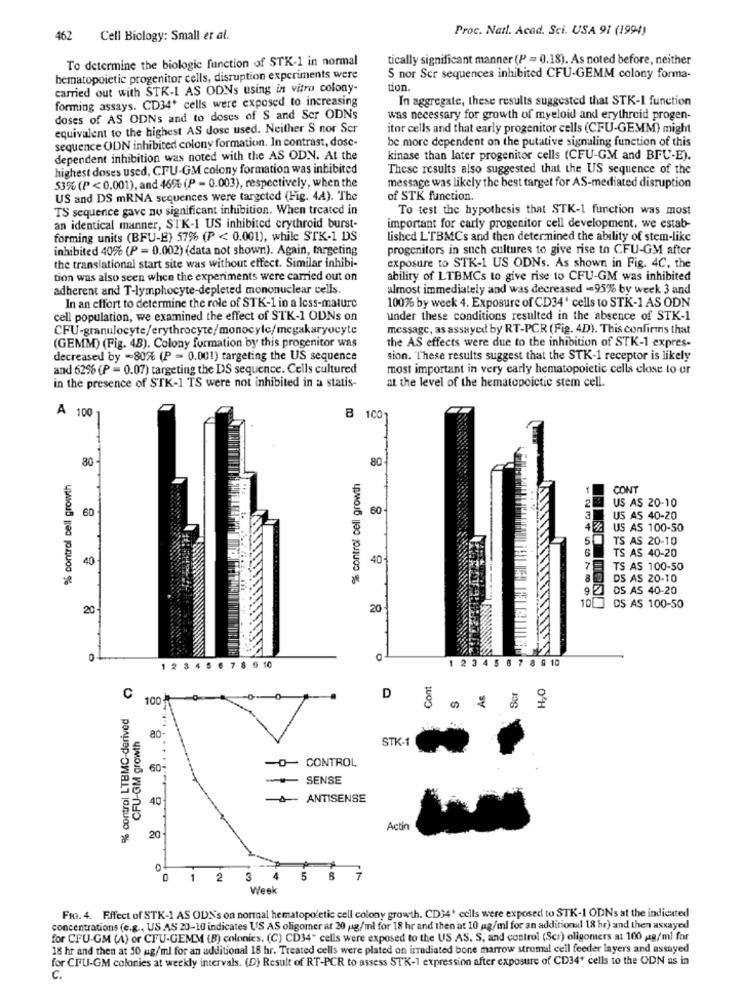
Proc. Natl. Acad. Sci. USA 91 (1994)
462
Cell Biology: Small et al.
To determine the biologic function of STK-1 in normal
tically significant manner (P = 0.18). As noted before, neither
hematopoietic progenitor cells, disruption experiments were
S nor Ser sequences inhibited CFU-GEMM colony forma-
carried out with STK-I AS ODNs using in vitro colony-
tion.
forming assays. CD34* cells were exposed to increasing
In aggregate, these results suggested that STK-I function
doses of AS ODNs and to doses of S and Ser ODNs
was necessary for growth of myeloid and erythroid progen-
equivalent to the highest AS dose used. Neither S nor Ser
itor cells and that early progenitor cells (CFU-GEMM) might
sequence ODN inhibited colony formation. In contrast, dose-
be more dependent on the putative signaling function of this
dependent inhibition was noted with the AS ODN. At the
kinase than later progenitor cells (CFU-GM and BFU-E).
highest doses used, CPU-GM colony formation was inhibited
These results also suggested that the US sequence of the
53% (P < 0.001), and 46% (P = 0.003), respectively, when the
message was likely the best target for AS-mediated disruption
US and DS mRNA sequences were targeted (Fig. 44). The
of STK function.
TS sequence gave no significant inhibition. When treated in
To test the hypothesis that STK-1 function was most
an identical manner, STK-1 US inhibited crythroid burst-
important for carly progenitor cell development, we estab-
forming units (BFU-E) 57% (P < 0.001), while STK-1 DS
lished L'TBMCs and then determined the ability of stem-like
inhibited 40% (P = 0.002) (data not shown). Again, targeting
progenitors in such cultures to give rise to CFU-GM after
the translational start site was without effect. Similar inhibi-
exposure to STK-1 US ODNs. As shown in Fig. 4C, the
tion was also seen when the experiments were carried out on
ability of LTBMCs to give rise to CFU-GM was inhibited
adherent and T-lymphocyte-depleted mononuclear cells.
almost immediately and was decreased -95% by week 3 and
In an effort to determine the role of STK-1 in a less-mature
100% by week 4. Exposure of CD34' cells to STK-1 AS ODN
cell population, we examined the effect of STK-1 ODNs on
under these conditions resulted in the absence of STK-1
CFU-granulocyte/erythrocyte/monocylc/megakaryocyte
message, as assayed by RT-PCR (Fig. 4D). This confirms that
the AS effects were due to the inhibition of STK-1 expres-
(GEMM) (Fig. 48). Colony formation by this progenitor was
decreased by -80% (P = 0.001) targeting the US sequence
sion. These results suggest that the STK-1 receptor is likely
and 62% (P = 0.07) targeting the DS sequence. Cells cultured
most important in very early hematopoietic cells close to or
in the presence of STK-1 TS were not inhibited in a statis-
at the level of the hematopoictic stem cell.
A 100
8
100
80
80
% control cell growth
% control cell growth
1
CONT
60
60
2 US AS 20-10
US AS 40-20
4 8 US AS 100-50
TS AS 20-10
6
TS AS 40-20
40
40
75
TS AS 100-50
DS AS 20-10
DS AS 40-20
20
20
DS AS 100-50
O
1 2 3 4 5 6 7 8 9 10
12 3 4 5 6 7 8 9 10
Cont
H,O
Scr
C
100
D
% control LTBMC-derived
CFU-GM growth
80
...
STK-
0- CONTROL
60
SENSE
40
ANTISENSE
Actin
20
0
1 2 3
4
5
7
Week
Fra. 4. Effect of STK-1 AS ODN's on normaal hematopoietic cell colony growth. CD34' cells were exposed to STK-1 ODNs at the indicated
concentrations (e.g ., US AS 20-10 indicates US AS oligomer at 20 g/ml for 18 hr and then at 10 ug/ml for an additional 18 hr) and then assayed
for CFU-GM (A) or CFU-GEMM (B) colonies. (C) CD34" cells were exposed to the US AS. S, and control (Scr) oligonters at 100 48/ml for
18 hr and then at 50 ug/ml for an additional 18 hr. Treated cells were plated on irradiated bone marrow stromal cell feeder layers and assayed
for CPU-GM colonies at weekly intervals. (D) Result of RT-PCR to assess STK-1 expression after exposure of CD34+ cells to the ODN as in
C.